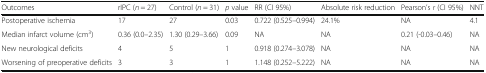
<table><thead><tr><td><b>Outcomes</b></td><td><b>rIPC (<i>n</i> = 27)</b></td><td><b>Control (<i>n</i> = 31)</b></td><td><b><i>p</i> value</b></td><td><b>RR (CI 95%)</b></td><td><b>Absolute risk reduction</b></td><td><b>Pearson’s <i>r</i> (CI 95%)</b></td><td><b>NNT</b></td></tr></thead><tbody><tr><td>Postoperative ischemia</td><td>17</td><td>27</td><td>0.03</td><td>0.722 (0.525–0.994)</td><td>24.1%</td><td>NA</td><td>4.1</td></tr><tr><td>Median infarct volume (cm<sup>3</sup>)</td><td>0.36 (0.0–2.35)</td><td>1.30 (0.29–3.66)</td><td>0.09</td><td>NA</td><td>NA</td><td>0.21 (-0.03–0.46)</td><td>NA</td></tr><tr><td>New neurological deficits</td><td>4</td><td>5</td><td>1</td><td>0.918 (0.274–3.078)</td><td>NA</td><td>NA</td><td>NA</td></tr><tr><td>Worsening of preoperative deficits</td><td>3</td><td>3</td><td>1</td><td>1.148 (0.252–5.222)</td><td>NA</td><td>NA</td><td>NA</td></tr></tbody></table>